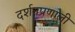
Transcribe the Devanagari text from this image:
दर्शनप्रणाली